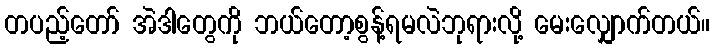
တပည့်တော် အဲဒါတွေကို ဘယ်တော့စွန့်ရမလဲဘုရားလို့ မေးလျှောက်တယ်။